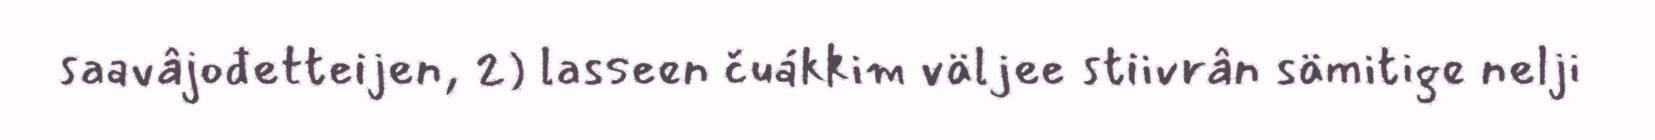
saavâjođetteijen, 2) lasseen čuákkim väljee stiivrân sämitige nelji